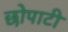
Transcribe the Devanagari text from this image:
छोपाटी